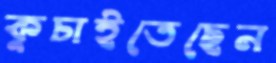
কুচাইতেছেন